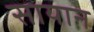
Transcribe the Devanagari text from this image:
सायान